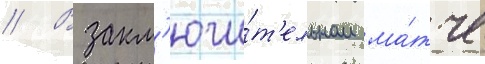
// В закл'ючи́т'ельном ма́тче